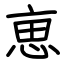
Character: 𠅤